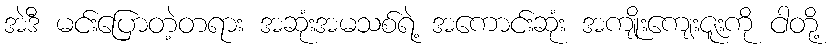
အဲဒီ မင်းပြောတဲ့တရား အဆုံးအမသစ်ရဲ့ အကောင်းဆုံး အကျိုးကျေးဇူးကို ငါတို့